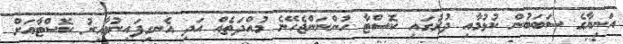
އަނިޔާގެ ސަބަބުން ކުޅުމާއި ދުރުގައި ކޮސްޓާ ހުންނަންޖެހޭނެ މުއްދަތެއް އަދި އެނގިފައިނުވާއިރު ކޮސްޓާއަށް